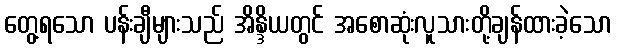
တွေ့ရသော ပန်းချီများသည် အိန္ဒိယတွင် အစောဆုံးလူသားတို့ချန်ထားခဲ့သော